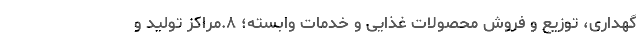
گهداری، توزیع و فروش محصولات غذایی و خدمات وابسته؛ ۸.مراکز تولید و